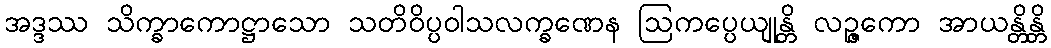
အဒ္ဒဿ သိက္ခာကောဋ္ဌာသော သတိဝိပ္ပဝါသလက္ခဏေန ဩကပ္ပေယျုန္တိ လဉ္ဇကော အာယန္တိန္တိ